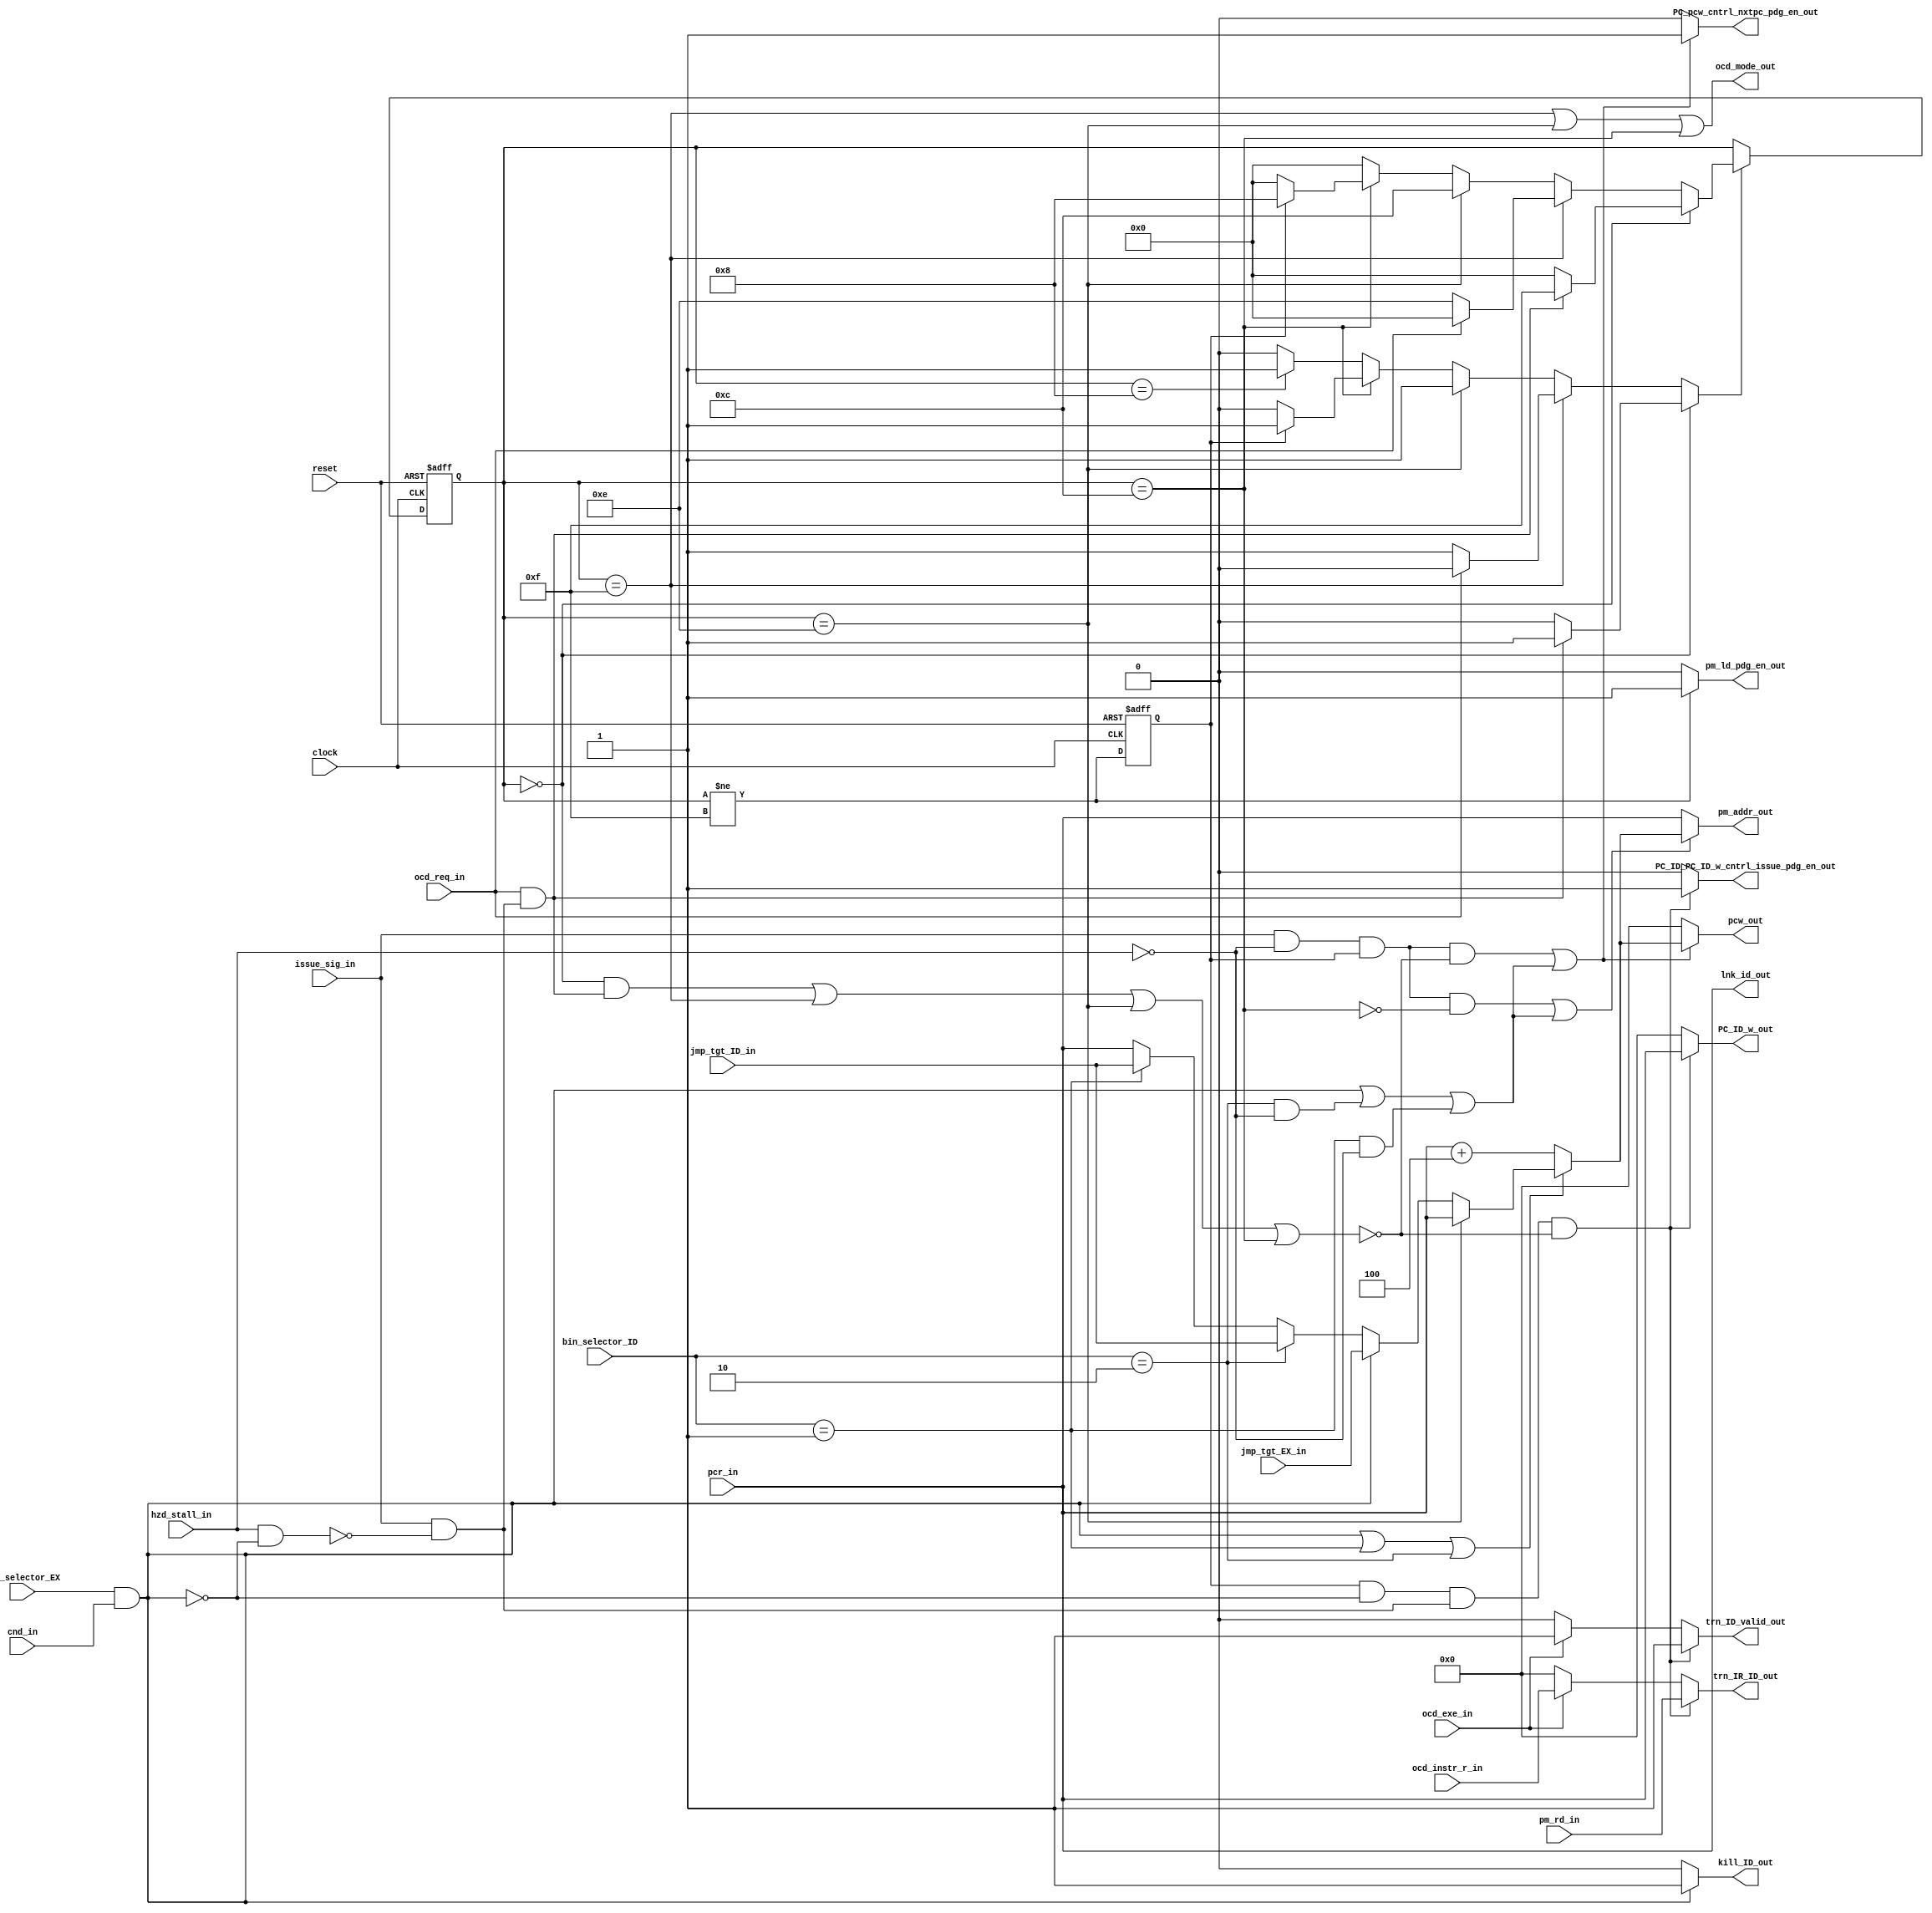

// File generated by Go version U-2022.12#33f3808fcb#221128, Thu Jan 25 16:08:15 2024
// Copyright 2014-2022 Synopsys, Inc. All rights reserved.
// go -I../lib -F -DSYNTHESIS_NO_UNGROUP -D__tct_patch__=0 -Verilog -otrv32p3_cnn_vlog -cgo_options.cfg -Itrv32p3_cnn_vlog/tmp_pdg -updg -updg_controller trv32p3_cnn



`timescale 1ns/1ps

// module controller : controller
module controller
  ( input                    reset,
    input                    clock,
    input                    ohe_selector_EX,
    input              [1:0] bin_selector_ID,
    input                    cnd_in, // bool
    input                    hzd_stall_in,
    input                    issue_sig_in,
    input      signed [31:0] jmp_tgt_EX_in, // w32
    input      signed [31:0] jmp_tgt_ID_in, // w32
    input                    ocd_exe_in, // t1u
    input             [31:0] ocd_instr_r_in, // iword
    input                    ocd_req_in, // t1u
    input             [31:0] pcr_in, // addr
    input             [31:0] pm_rd_in, // iword
    output reg               PC_ID_PC_ID_w_cntrl_issue_pdg_en_out, // std_logic
    output reg        [31:0] PC_ID_w_out, // addr
    output reg               PC_pcw_cntrl_nxtpc_pdg_en_out, // std_logic
    output reg               kill_ID_out,
    output reg signed [31:0] lnk_id_out, // w32
    output reg               ocd_mode_out, // t1u
    output reg        [31:0] pcw_out, // addr
    output reg        [31:0] pm_addr_out, // addr
    output reg               pm_ld_pdg_en_out, // std_logic
    output reg               trn_ID_valid_out,
    output reg        [31:0] trn_IR_ID_out
  );


  wire en_vd_br_cnd_of13_cd_EX;
  wire en_lnk_id_jal_of21_ID;
  wire en_lnk_id_jalr_trgt_ID;

  wire en_jump_of13_cd_sig;
  wire en_jump_of21_sig;
  wire en_jump_trgt_sig;

  assign en_vd_br_cnd_of13_cd_EX = ohe_selector_EX;
  assign en_lnk_id_jal_of21_ID = bin_selector_ID == 2'b01;
  assign en_lnk_id_jalr_trgt_ID = bin_selector_ID == 2'b10;

  assign en_jump_of13_cd_sig = (en_vd_br_cnd_of13_cd_EX && cnd_in);
  assign en_jump_of21_sig = en_lnk_id_jal_of21_ID;
  assign en_jump_trgt_sig = en_lnk_id_jalr_trgt_ID;


  // File generated by pdg version U-2022.12#33f3808fcb#221128
  // Copyright 2014-2022 Synopsys, Inc. All rights reserved.
  // pdg -I../lib -D__go__ -pcu -Verilog -cgo_options.cfg -DSYNTHESIS_NO_UNGROUP -D__tct_patch__=0 +wtrv32p3_cnn_vlog/tmp_pdg trv32p3_cnn


  // Storages local to the pcu
  reg               r_booting;
  reg               pdg_update_r_booting;
  reg               pdg_we_r_booting;
  reg               r_fetched;
  reg               pdg_update_r_fetched;
  reg               pdg_we_r_fetched;
  reg         [3:0] r_state;
  reg         [3:0] pdg_update_r_state;
  reg               pdg_we_r_state;
  reg               t_stop_issue;

  // user_issue
  always @ (*)
  begin : p_user_issue
    reg        [31:0] PC_IF_l;
    reg               br_EX;
    reg               flush_IF;
    reg               flush_ID;
    reg               could_issue;
    reg        [31:0] ii;
    reg               instr_avail;
    reg               interruptible;
    reg               ocd_req_int;
    reg               stop_issue;
    reg        [31:0] ii_0;
    reg         [7:0] tmp;
    reg         [7:0] tmp_0;
    reg         [7:0] tmp_1;
    reg         [7:0] tmp_2;
    reg               issue_ins;
    reg         [7:0] tmp_3;
    reg         [7:0] tmp_4;
    reg         [7:0] tmp_5;
    reg         [7:0] tmp_6;

    trn_ID_valid_out = 0;
    trn_IR_ID_out = 0;
    kill_ID_out = 1'b0;
    PC_ID_PC_ID_w_cntrl_issue_pdg_en_out = 1'b0;
    PC_ID_w_out = 32'h0;
    lnk_id_out = 32'sh0;
    ocd_mode_out = 1'b0;
    t_stop_issue = 1'b0;

    ii_0 = 32'h0;
    tmp = 8'h0;
    tmp_0 = 8'h0;
    tmp_1 = 8'h0;
    tmp_2 = 8'h0;
    tmp_3 = 8'h0;
    tmp_4 = 8'h0;
    tmp_5 = 8'h0;
    tmp_6 = 8'h0;

    pdg_we_r_booting = 1'b0;
    pdg_update_r_booting = 1'b0;
    pdg_we_r_state = 1'b0;
    pdg_update_r_state = 4'h0;

    PC_IF_l = pcr_in;
    lnk_id_out = $signed(PC_IF_l);
    br_EX = en_jump_of13_cd_sig;
    flush_IF = br_EX;
    flush_ID = br_EX;
    if (flush_ID)
    begin
      kill_ID_out = 1;
    end
    could_issue = issue_sig_in && !(hzd_stall_in && !flush_ID);
    ii = pm_rd_in;
    instr_avail = r_fetched;
    interruptible = could_issue;
    ocd_req_int = ocd_req_in && interruptible;
    if (r_state == 4'h0)
    begin
      if (ocd_req_int)
      begin
        pdg_we_r_state = 1'b1;
        pdg_update_r_state = 4'hF;
      end
    end
    else
    begin
      if (r_state == 4'hF)
      begin
        if (!ocd_req_in)
        begin
          pdg_we_r_state = 1'b1;
          pdg_update_r_state = 4'hE;
        end
      end
      else
      begin
        if (r_state == 4'hE)
        begin
          pdg_we_r_state = 1'b1;
          pdg_update_r_state = 4'hC;
        end
        else
        begin
          if (r_state == 4'hC)
          begin
            if (instr_avail)
            begin
              pdg_we_r_state = 1'b1;
              pdg_update_r_state = 4'h8;
            end
          end
          else
          begin
            if (r_state == 4'h8)
            begin
              pdg_we_r_state = 1'b1;
              pdg_update_r_state = 4'h0;
            end
          end
        end
      end
    end
    stop_issue = r_state == 4'h0 && ocd_req_int || r_state == 4'hF || r_state == 4'hE || r_state == 4'hC;
    ocd_mode_out = r_state == 4'hF || r_state == 4'hE || r_state == 4'hC;
    if (ocd_exe_in)
    begin
      ii_0 = ocd_instr_r_in;
      tmp = ii_0[0+:8];
      tmp_0 = ii_0[8+:8];
      tmp_1 = ii_0[16+:8];
      tmp_2 = ii_0[24+:8];
      trn_ID_valid_out = 1;
      trn_IR_ID_out = {tmp_2, tmp_1, tmp_0, tmp};
    end
    issue_ins = instr_avail && !flush_IF && could_issue && !stop_issue;
    if (issue_ins)
    begin
      tmp_3 = ii[0+:8];
      tmp_4 = ii[8+:8];
      tmp_5 = ii[16+:8];
      tmp_6 = ii[24+:8];
      trn_ID_valid_out = 1;
      trn_IR_ID_out = {tmp_6, tmp_5, tmp_4, tmp_3};
      PC_ID_PC_ID_w_cntrl_issue_pdg_en_out = 1'b1;
      PC_ID_w_out = PC_IF_l;
    end
    else
    begin
    end
    if (r_booting)
    begin
      pdg_we_r_booting = 1'b1;
      pdg_update_r_booting = 1'b0;
    end
    t_stop_issue = stop_issue;
  end //p_user_issue


  // user_next_pc
  always @ (*)
  begin : p_user_next_pc
    reg        [31:0] PC_IF_l;
    reg               br_EX;
    reg               jalr_ID;
    reg               jal_ID;
    reg        [31:0] incr_pc;
    reg               leave_dbg;
    reg        [31:0] jump_pc;
    reg               jump;
    reg        [31:0] t;
    reg        [31:0] next_pc;
    reg               could_issue;
    reg               could_jump;
    reg               instr_avail;
    reg               update_pc;
    reg               ocd_issue_stall;
    reg               fetch_next;
    reg        [31:0] t_0;
    reg        [31:0] fetch_pc;
    reg               fetch;

    PC_pcw_cntrl_nxtpc_pdg_en_out = 1'b0;
    pcw_out = 32'h0;
    pm_addr_out = 32'h0;
    pm_ld_pdg_en_out = 1'b0;

    pdg_we_r_fetched = 1'b0;
    pdg_update_r_fetched = 1'b0;

    PC_IF_l = pcr_in;
    br_EX = en_jump_of13_cd_sig;
    jalr_ID = en_jump_trgt_sig;
    jal_ID = en_jump_of21_sig;
    // synopsys translate_off
    if (!clock && !(reset))
    begin
      //assert({{7{1'b0}}, br_EX} + {{7{1'b0}}, jal_ID && !br_EX} + {{7{1'b0}}, jalr_ID && !br_EX} <= 8'h1) else
      //  $fatal(1, "time %0d PDG_ASSERT (trv32p3_cnn_pcu.p:L180:C2) : Assertion triggered!", $time);
    end
    // synopsys translate_on
    incr_pc = PC_IF_l + 32'h4;
    leave_dbg = r_state == 4'hE;
    jump_pc = PC_IF_l;
    if (leave_dbg)
    begin
      jump_pc = PC_IF_l;
    end
    else
    begin
      if (br_EX)
      begin
        jump_pc = $unsigned(jmp_tgt_EX_in);
      end
      else
      begin
        if (jalr_ID)
        begin
          jump_pc = $unsigned(jmp_tgt_ID_in);
        end
        else
        begin
          if (jal_ID)
          begin
            jump_pc = $unsigned(jmp_tgt_ID_in);
          end
        end
      end
    end
    jump = br_EX || jal_ID || jalr_ID;
    if (jump)
    begin
      t = jump_pc;
    end
    else
    begin
      t = incr_pc;
    end
    next_pc = t;
    could_issue = issue_sig_in && !hzd_stall_in;
    could_jump = br_EX || jalr_ID && !hzd_stall_in || jal_ID && !hzd_stall_in;
    instr_avail = r_fetched;
    update_pc = could_issue && instr_avail && !t_stop_issue || could_jump;
    if (update_pc)
    begin
      PC_pcw_cntrl_nxtpc_pdg_en_out = 1'b1;
      pcw_out = next_pc;
    end
    ocd_issue_stall = r_state == 4'hC;
    fetch_next = could_issue && instr_avail && !ocd_issue_stall || could_jump;
    if (fetch_next)
    begin
      t_0 = next_pc;
    end
    else
    begin
      t_0 = PC_IF_l;
    end
    fetch_pc = t_0;
    fetch = r_state != 4'hF;
    pdg_we_r_fetched = 1'b1;
    pdg_update_r_fetched = fetch;
    pm_addr_out = fetch_pc;
    if (fetch)
    begin
      pm_ld_pdg_en_out = 1'b1;
    end
  end //p_user_next_pc


  always @ (posedge clock or posedge reset)
  begin : p_update_status
    if (reset)
    begin
      r_booting <= 1'b1;
      r_fetched <= 1'b0;
      r_state <= 4'h0;
    end
    else
    begin
      if (pdg_we_r_booting)
        r_booting <= pdg_update_r_booting;
      if (pdg_we_r_fetched)
        r_fetched <= pdg_update_r_fetched;
      if (pdg_we_r_state)
        r_state <= pdg_update_r_state;
    end
  end // p_update_status
endmodule